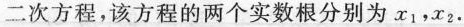
二次方程，该方程的两个实数根分别为x_{1}，x_{2}.